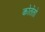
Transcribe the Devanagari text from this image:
कोतेंतो